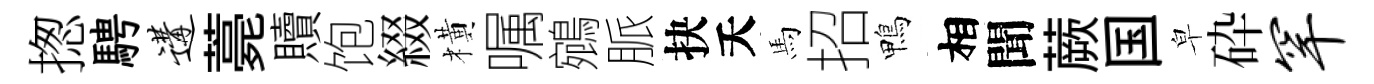
揔騁遘薧贖饱綴橫嘱鵷脈抉夭馬招鴨相聞蕨国皁砕罕